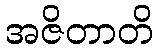
အဇိတာတိ